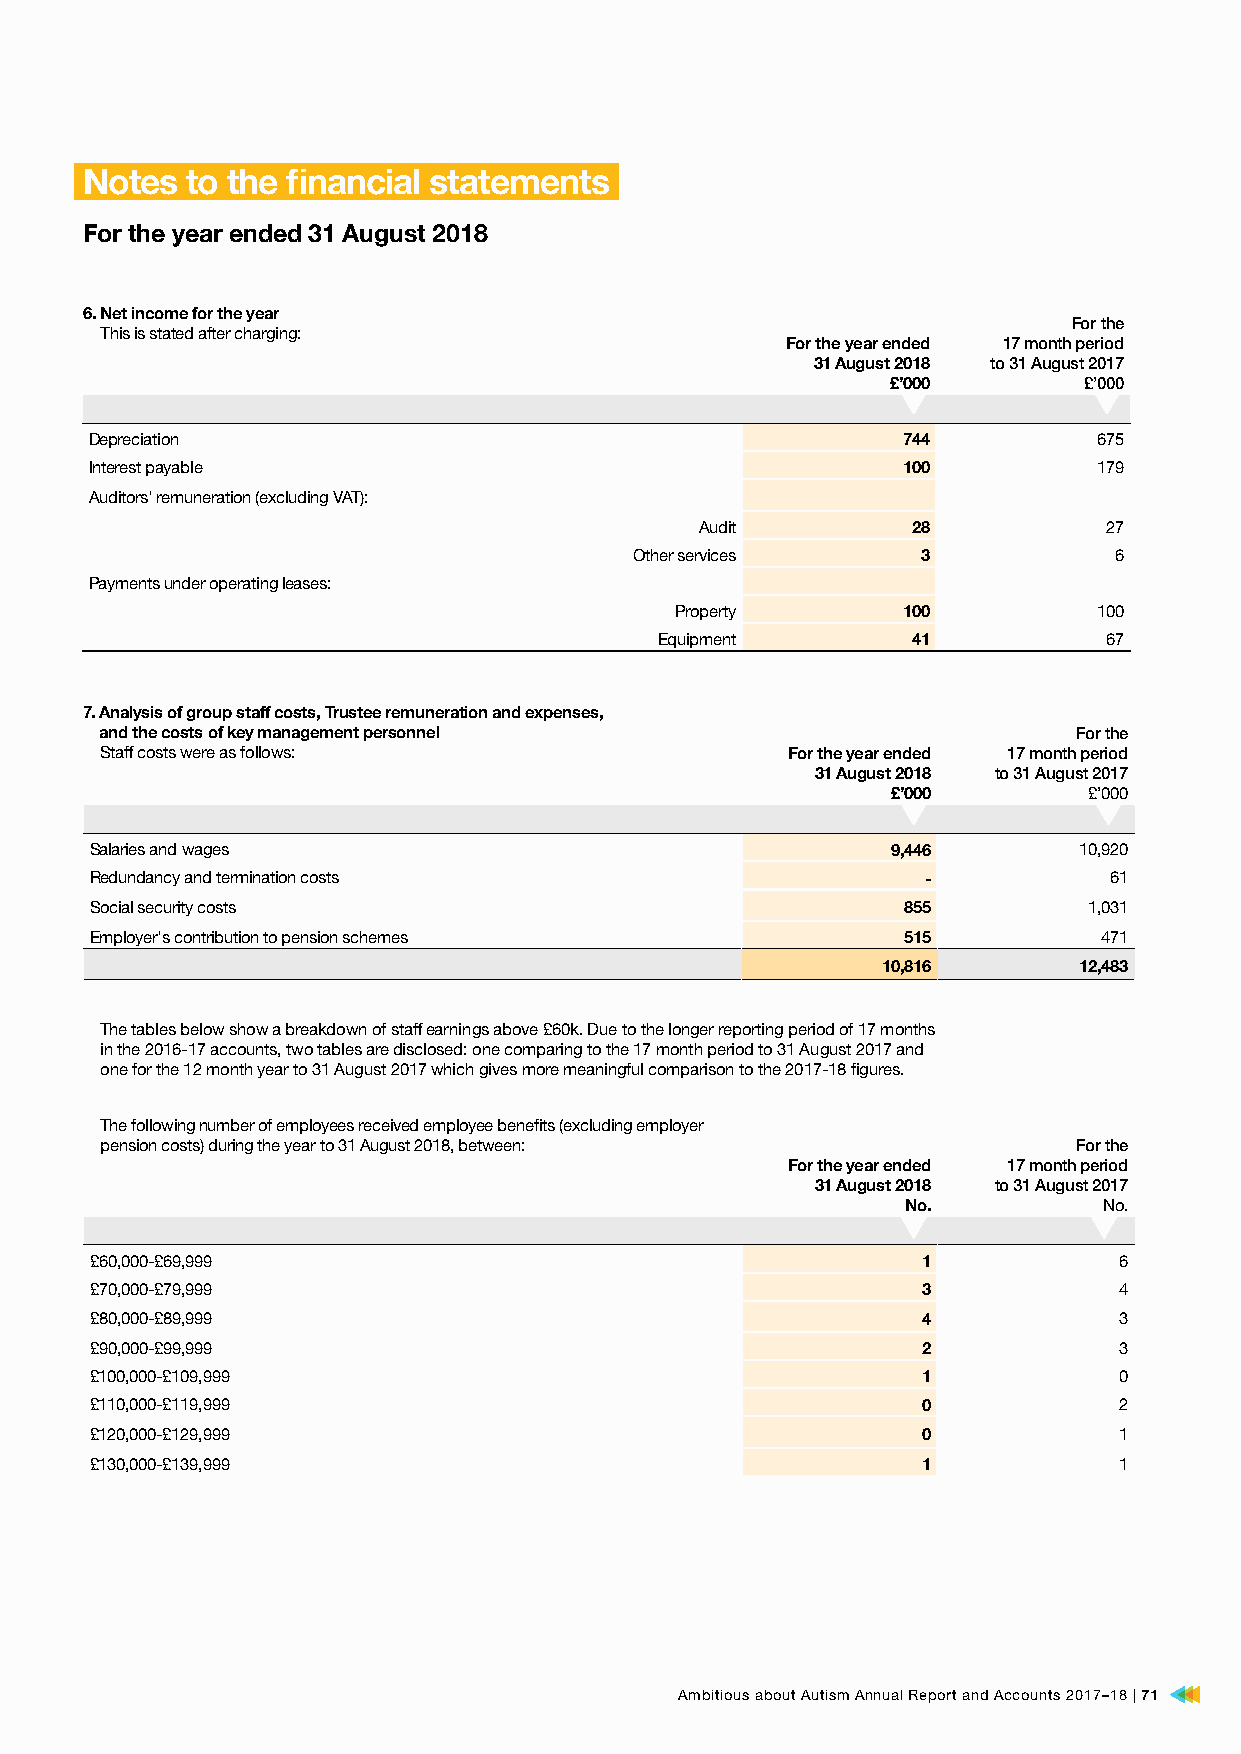
Notes  to the financial statements
 For the year ended 31 August 2018
 6. Net income for the year
 For the
 This is stated after charging:
 For the year ended 17 month period
 31 August 2018 to 31 August 2017
 £’000        £’000
 Depreciation                                          744          675
 Interest payable                                      100          179
 Auditors' remuneration (excluding VAT):
 Audit         28           27
 Other services     3            6
 Payments under operating leases:
 Property       100          100
 Equipment       41           67
 7. Analysis of group staff costs, Trustee remuneration and expenses,
 and the costs of key management personnel                       For the
 Staff costs were as follows:                 For the year ended 17 month period
 31 August 2018 to 31 August 2017
 £’000        £’000
 Salaries and wages                                   9,446       10,920
 Redundancy and termination costs                       -           61
 Social security costs                                 855         1,031
 Employer's contribution to pension schemes            515          471
 10,816       12,483
 The tables below show a breakdown of staff earnings above £60k. Due to the longer reporting period of 17 months
 in the 2016-17 accounts, two tables are disclosed: one comparing to the 17 month period to 31 August 2017 and
 one for the 12 month year to 31 August 2017 which gives more meaningful comparison to the 2017-18 figures.
 The following number of employees received employee benefits (excluding employer
 pension costs) during the year to 31 August 2018, between:      For the
 For the year ended 17 month period
 31 August 2018 to 31 August 2017
 No.          No.
 £60,000-£69,999                                        1            6
 £70,000-£79,999                                        3            4
 £80,000-£89,999                                        4            3
 £90,000-£99,999                                        2            3
 £100,000-£109,999                                      1            0
 £110,000-£119,999                                      0            2
 £120,000-£129,999                                      0            1
 £130,000-£139,999                                      1            1
 Ambitious about Autism Annual Report and Accounts 2017–18 | 71